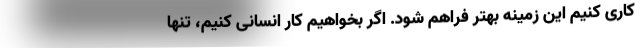
کاری کنیم این زمینه بهتر فراهم شود. اگر بخواهیم کار انسانی کنیم، تنها